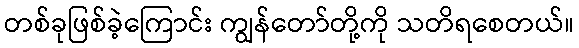
တစ်ခုဖြစ်ခဲ့ကြောင်း ကျွန်တော်တို့ကို သတိရစေတယ်။